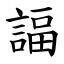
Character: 諨